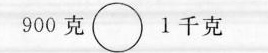
900克\circ1千克